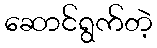
ဆောင်ရွက်တဲ့